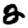
Digit: 2